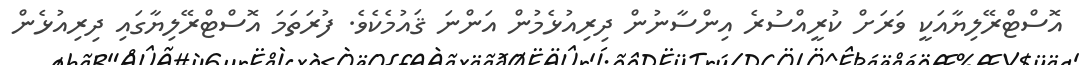
އޮސްޓްރޭލިޔާއަކީ ވަރަށް ކުރީއްސުރެ އިންސާނުން ދިރިއުޅެމުން އަންނަ ޤައުމެކެވެ. ފުރަތަމަ އޮސްޓްރޭލިޔާގައި ދިރިއުޅެން